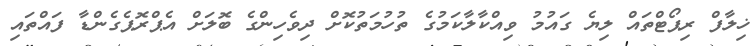
ޚިލާފް ރިޕޯޓްތައް ލިޔެ ގައުމު ވިއްކާލާކަމުގެ ތުހުމަތުކޮށް ދިވެހިންގެ ބޮލަށް އެޕްރޮޕެގެންޑާ ފައްތައި